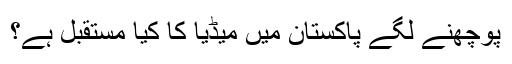
پوچھنے لگے پاکستان میں میڈیا کا کیا مستقبل ہے؟